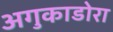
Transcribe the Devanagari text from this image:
अगुकाडोरा